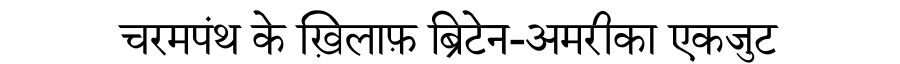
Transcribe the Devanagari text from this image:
चरमपंथ के ख़िलाफ़ ब्रिटेन-अमरीका एकजुट